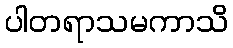
ပါတရာသမကာသိ